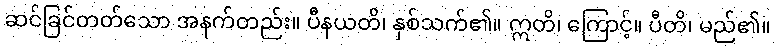
ဆင်ခြင်တတ်သော အနက်တည်း။ ပီနယတိ၊ နှစ်သက်၏။ ဣတိ၊ ကြောင့်။ ပီတိ၊ မည်၏။